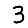
Digit: 3